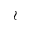
\wr